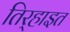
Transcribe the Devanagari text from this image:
तिर्‍हाइत